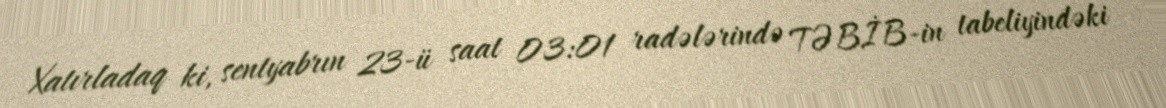
Xatırladaq ki, sentyabrın 23-ü saat 03:01 radələrində TƏBİB-in tabeliyindəki